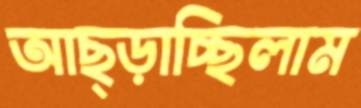
আছ্‌ড়াচ্ছিলাম